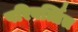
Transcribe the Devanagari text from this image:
परिवर्त्तित